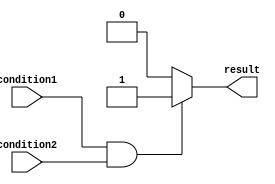
module if_else_statement(
    input wire condition1,
    input wire condition2,
    output reg result
);

always @(*) begin
    if (condition1 && condition2) begin
        // Statements to be executed if both conditions are true
        result <= 1;
    end else begin
        // Statements to be executed if either condition is false
        result <= 0;
    end
end

endmodule